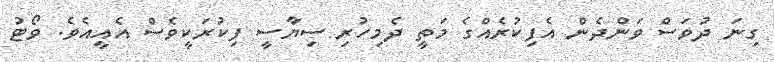
ގިނަ ދުވަސް ވަންދެން އެފިކުރެއްގެ މަތީ ދެމިހުރި ސިޔާސީ ފިކުރަކީވެސް އެއީއެވެ. ވޯޓު